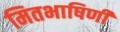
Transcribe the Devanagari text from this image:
मितभाषिणी